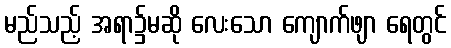
မည်သည့် အရာ၌မဆို လေးသော ကျောက်ဖျာ ရေတွင်